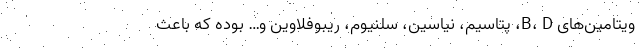
ویتامین‌های B، D، پتاسیم، نیاسین، سلنیوم، ریبوفلاوین و… بوده که باعث